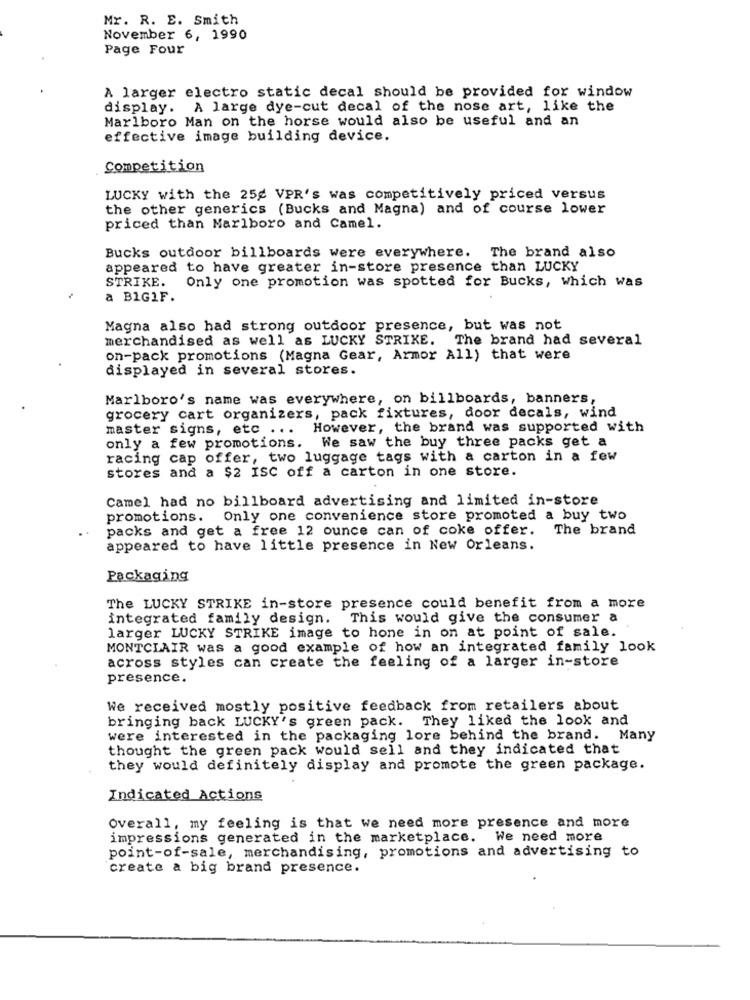
Mr. R. E. Smith
November 6, 1990
Page Four
A larger electro static decal should be provided for window
display. A large dye-cut decal of the nose art, like the
Marlboro Man on the horse would also be useful and an
effective image building device.
Competition
LUCKY with the 25g VPR's was competitively priced versus
the other generics (Bucks and Magna) and of course lower
priced than Marlboro and Camel.
Bucks outdoor billboards were everywhere. The brand also
appeared to have greater in-store presence than LUCKY
STRIKE.
Only one promotion was spotted for Bucks, Which was
a BIG1F.
Magna also had strong outdoor presence, but was not
merchandised as well as LUCKY STRIKE. The brand had several
on-pack promotions (Magna Gear, Armor All) that were
displayed in several stores.
Marlboro's name was everywhere, on billboards, banners,
grocery cart organizers, pack fixtures, door decals, wind
master signs, etc ... However, the brand was supported with
We saw the buy three packs get a
only a few promotions.
racing cap offer, two luggage tags with a carton in a few
stores and a $2 ISC off a carton in one store.
Camel had no billboard advertising and limited in-store
promotions. Only one convenience store promoted a buy two
packs and get a free 12 ounce can of coke offer.
The brand
appeared to have little presence in New Orleans.
Packaging
The LUCKY STRIKE in-store presence could benefit from a more
integrated family design. This would give the consumer a
larger LUCKY STRIKE image to hone in on at point of sale.
MONTCLAIR was a good example of how an integrated family look
across styles can create the feeling of a larger in-store
presence.
We received mostly positive feedback from retailers about
bringing back LUCKY's green pack. They liked the look and
were interested in the packaging lore behind the brand. Many
thought the green pack would sell and they indicated that
they would definitely display and promote the green package.
Indicated Actions
Overall, my feeling is that we need more presence and more
impressions generated in the marketplace. We need more
point-of-sale, merchandising, promotions and advertising to
create a big brand presence.